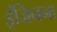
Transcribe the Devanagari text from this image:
इंजिनना